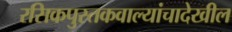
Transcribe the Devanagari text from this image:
रसिकपुस्तकवाल्यांचादेखील